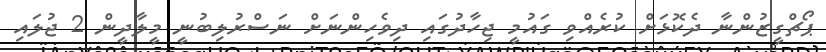
ޕޯޗްގީޒުންނާ ދެކޮޅަށް ކުރެއްވި ގައުމީ ޖިހާދުގައި ދިވެހިންނަށް ނަސްރުލިބުނީ މީލާދީން 2 ޖުލައި